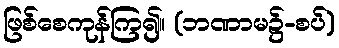
ဖြစ်စေကုန်ကြ၍။ (ဘဏာမ၌-စပ်)